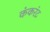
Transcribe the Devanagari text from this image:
कंकरंट